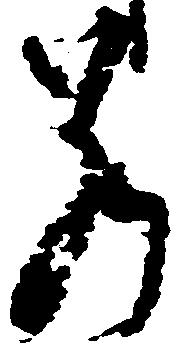
若